Annual report on the mental hospital in the Central Provinces and Berar (Nagpur) - 1927-1951
Year: 1927
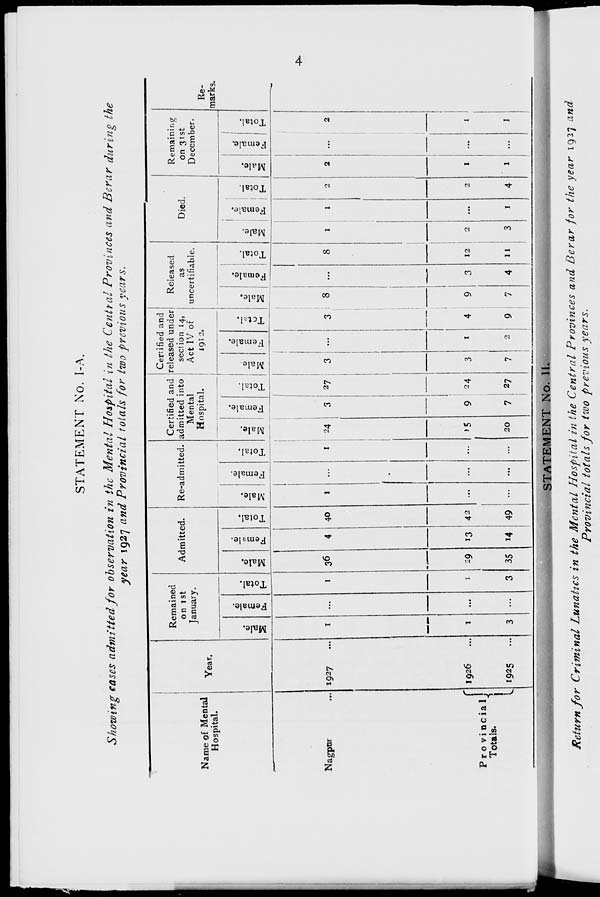
4
STATEMENT No. I-A.
Showing cases admitted for observation in the Mental Hospital in the Central Provinces and Berar during the
year 1927 and Provincial totals for two previous years.
Name of Mental
Hospital.
Nagpur ...
Provincial
Totals.
Year.
1927 ...
1926 ...
1925 ...
Remained
on 1st
January.
Male.
1
1
3
Female.
...
...
...
Total.
1
1
3
Admitted.
Male.
36
29
35
Female.
4
13
14
Total.
40
42
49
Re-admitted.
Male.
1
...
...
Female.
...
...
...
Total.
1
...
...
Certified and
admitted into
Mental
Hospital.
Male.
24
15
20
Female.
3
9
7
Total.
27
24
27
Certified and
released under
section 14,
Act IV of
1912.
Male.
3
3
7
Female.
...
1
2
Total.
3
4
9
Released
as
uncertifiable.
Male.
8
9
7
Femal e.
...
3
4
Tot al .
8
12
11
Died.
Male.
1
2
3
Female.
1
...
1
Total.
2
2
4
Remaining
on 31st
December.
Male.
2
1
1
Female.
...
...
...
Total.
2
1
1
Re-
marks.